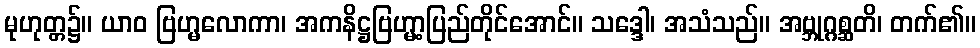
မုဟုတ္တ၌။ ယာဝ ဗြဟ္မလောကာ၊ အကနိဋ္ဌဗြဟ္မာ့ပြည်တိုင်အောင်။ သဒ္ဒေါ၊ အသံသည်။ အဗ္ဘုဂ္ဂစ္ဆတိ၊ တက်၏။